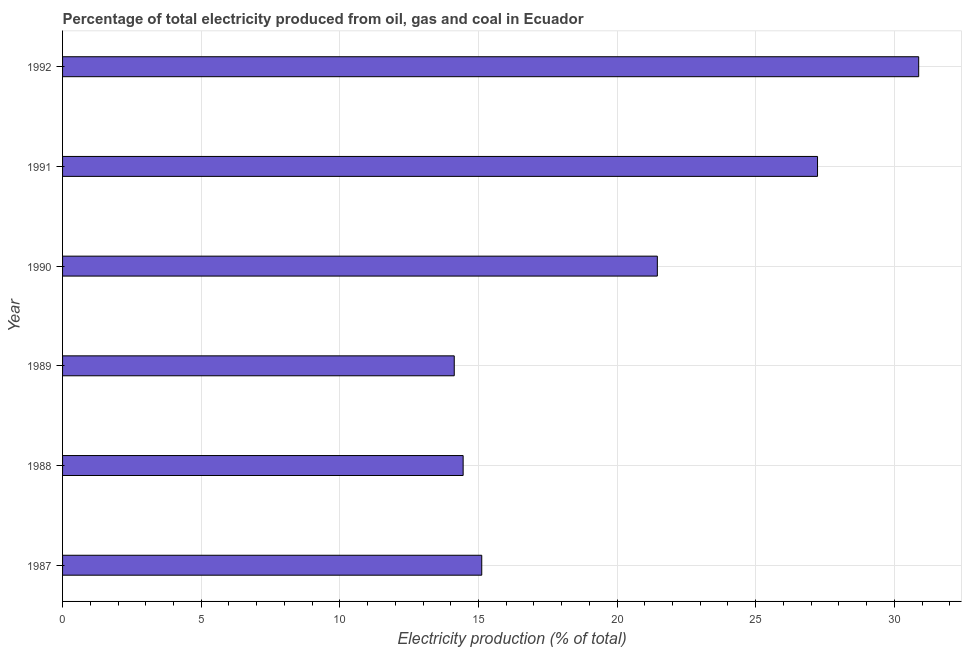
| Year | Electricity production |
 | --- | --- |
 | 1987 | 15.1 |
 | 1988 | 14.4 |
 | 1989 | 14.1 |
 | 1990 | 21.5 |
 | 1991 | 27.2 |
 | 1992 | 30.9 |